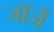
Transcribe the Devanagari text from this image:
जॉर्जे